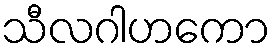
သီလဂါဟကော